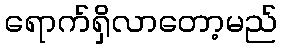
ရောက်ရှိလာတော့မည်